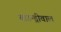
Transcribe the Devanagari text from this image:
बाउन्ड्रीवाल